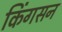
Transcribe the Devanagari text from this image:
किंगसन